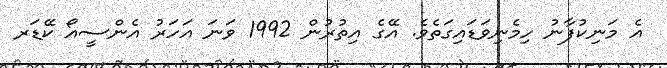
އެ މަނިކުފާނު ހިމެނިވަޑައިގަތެވެ. އޭގެ އިތުރުން 1992 ވަނަ އަހަރު އެންސީއޯ ކޭޑަރ